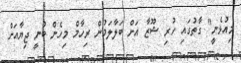
މިއުޅެނީ" ގާތުގައި ހުރި ޝޫޒާ އަށް ބަލާލަމުން ރިހާމް މިހެން ބުނީ ޖިޔާއަށް